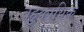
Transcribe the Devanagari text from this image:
बहुकायिक